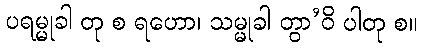
ပရမ္မုခါ တု စ ရဟော၊ သမ္မုခါ တွာ’ဝိ ပါတု စ။